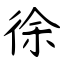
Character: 徐